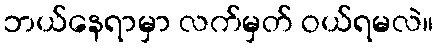
ဘယ်နေရာမှာ လက်မှတ် ဝယ်ရမလဲ။